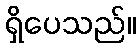
ရှိပေသည်။